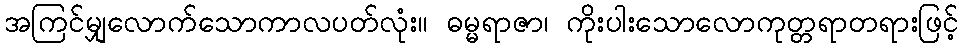
အကြင်မျှလောက်သောကာလပတ်လုံး။ ဓမ္မရာဇာ၊ ကိုးပါးသောလောကုတ္တရာတရားဖြင့်